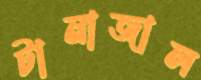
টানাজাল